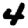
Digit: 4